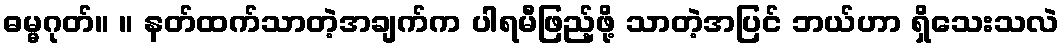
ဓမ္မဂုတ်။ ။ နတ်ထက်သာတဲ့အချက်က ပါရမီဖြည့်ဖို့ သာတဲ့အပြင် ဘယ်ဟာ ရှိသေးသလဲ